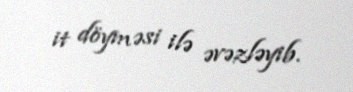
it döyməsi ilə əvəzləyib.